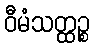
ဝီမံသတ္ထဉ္စ